Annual report of lunatic asylums [Bombay] - 1912-1922
Year: 1912
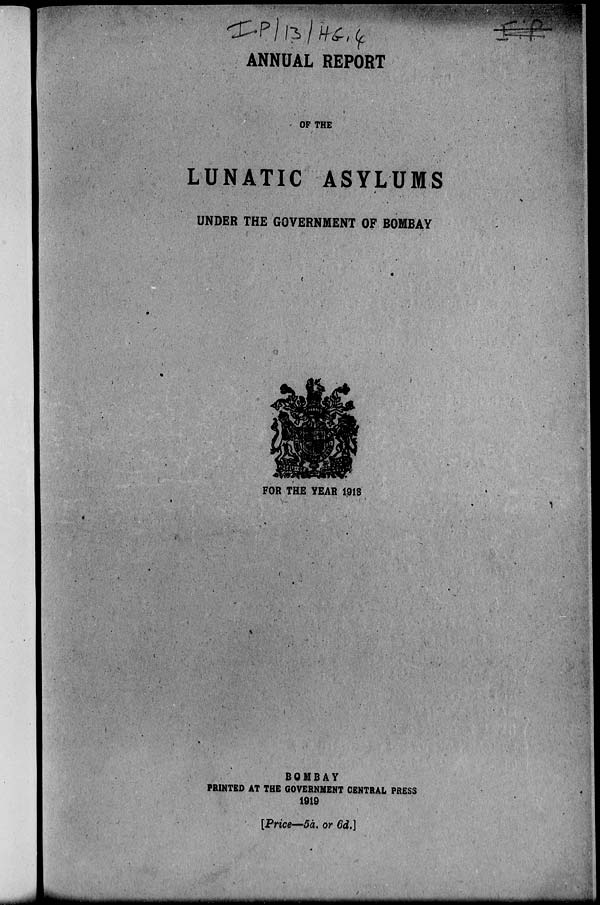
ANNUAL REPORT
OF THE
LUNATIC ASYLUMS
UNDER THE GOVERNMENT OF BOMBAY
FOR THE YEAR 1913
BOMBAY
PRINTED AT THE GOVERNMENT CENTRAL PRESS
1919
[Price—5a. or 6d.]